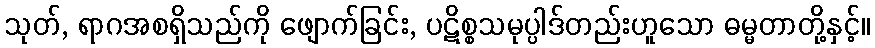
သုတ်, ရာဂအစရှိသည်ကို ဖျောက်ခြင်း, ပဋိစ္စသမုပ္ပါဒ်တည်းဟူသော ဓမ္မတာတို့နှင့်။